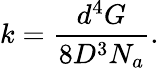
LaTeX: k=\frac{d^{4}G}{8D^{3}N_{a}}.